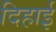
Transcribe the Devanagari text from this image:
दिहाई